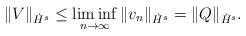
LaTeX: \begin{align*}\|V\|_{\dot{H}^s} \leq \liminf_{n\rightarrow \infty} \|v_n\|_{\dot{H}^s} = \|Q\|_{\dot{H}^s}. \end{align*}